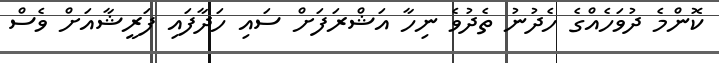
ކޮންމެ ދުވަހެއްގެ ހެދުނު ތެދުވެ ނިހާ އަޝްރަފަށް ސައި ހަދާފައި ފަރީޝާއަށް ވެސް